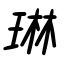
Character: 琳